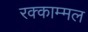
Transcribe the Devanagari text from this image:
रक्काम्मल